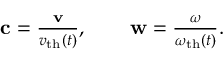
\begin{array} { r } { \mathbf { c } = \frac { \mathbf { v } } { v _ { \mathrm { t h } } ( t ) } , \qquad \mathbf { w } = \frac { \boldsymbol { \omega } } { \omega _ { \mathrm { t h } } ( t ) } . } \end{array}